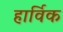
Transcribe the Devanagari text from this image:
हार्विक